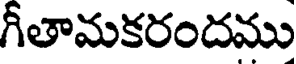
గీతామకరందము